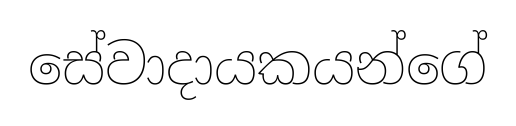
සේවාදායකයන්ගේ